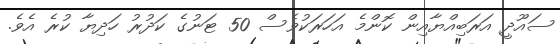
ސައޫދީ އަރަބިއްޔާއިން ކޮންމެ އަހަރަކުވެސް 50 ޓަނުގެ ކަދުރު ހަދިޔާ ކުރެ އެވެ.